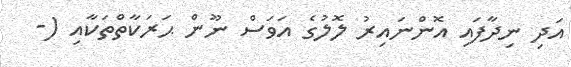
އަދި ނިދާފައި އޮންނައިރު ލޮލުގެ އަވަސް ނޫން ޙަރަކާތްތަކާއި (-